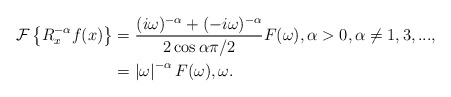
\begin{align*}\mathcal{F}\left\{ R_{x}^{-\alpha}f(x)\right\} & =\frac{(i\omega)^{-\alpha}+(-i\omega)^{-\alpha}}{2\cos\alpha\pi/2}F(\omega),\alpha>0,\alpha\neq1,3,...,\\& =\left\vert \omega\right\vert ^{-\alpha}F(\omega),\omega.\end{align*}